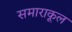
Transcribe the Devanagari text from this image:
समाराकूल